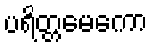
ပရိတ္တမေကော